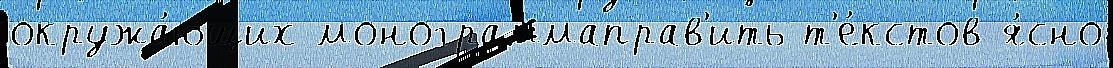
окружа́ющих монограммаправ'ить т'е́кстов я́сно